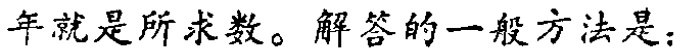
年就是所求数。解答的一般方法是：